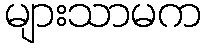
များသာမက